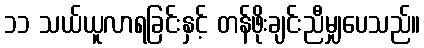
၁၁ သယ်ယူလာရခြင်းနှင့် တန်ဖိုးချင်းညီမျှပေသည်။